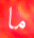
ما